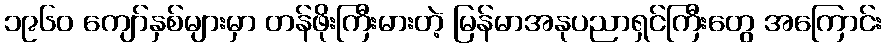
၁၉၆၀ ကျော်နှစ်များမှာ တန်ဖိုးကြီးမားတဲ့ မြန်မာအနုပညာရှင်ကြီးတွေ အကြောင်း